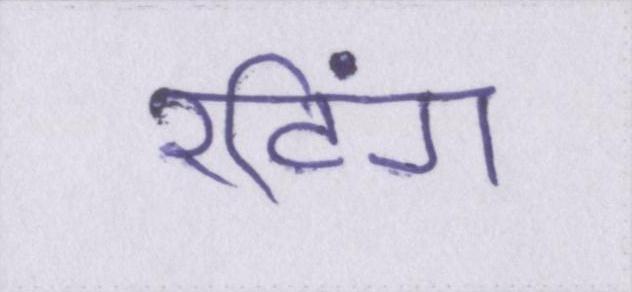
रटिंग